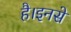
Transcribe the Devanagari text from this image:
है।इनसे